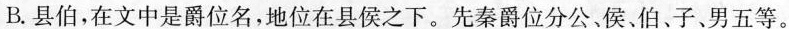
B.县伯，在文中是爵位名，地位在县侯之下。先秦爵位分公、侯、伯、子、男五等。